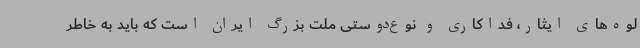
لوه‌های ایثار، فداکاری و نوع‌دوستی ملت بزرگ ایران است که باید به خاطر